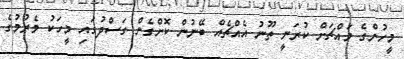
މީހުންގެ މައްޗަށް ކުރަނީ ތޫނު އެއްޗެއް ބޭނުން ކޮށްގެން ގަސްދުގައި މީހަކު މެރުމުގެ